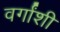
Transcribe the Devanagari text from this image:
वर्गांशी